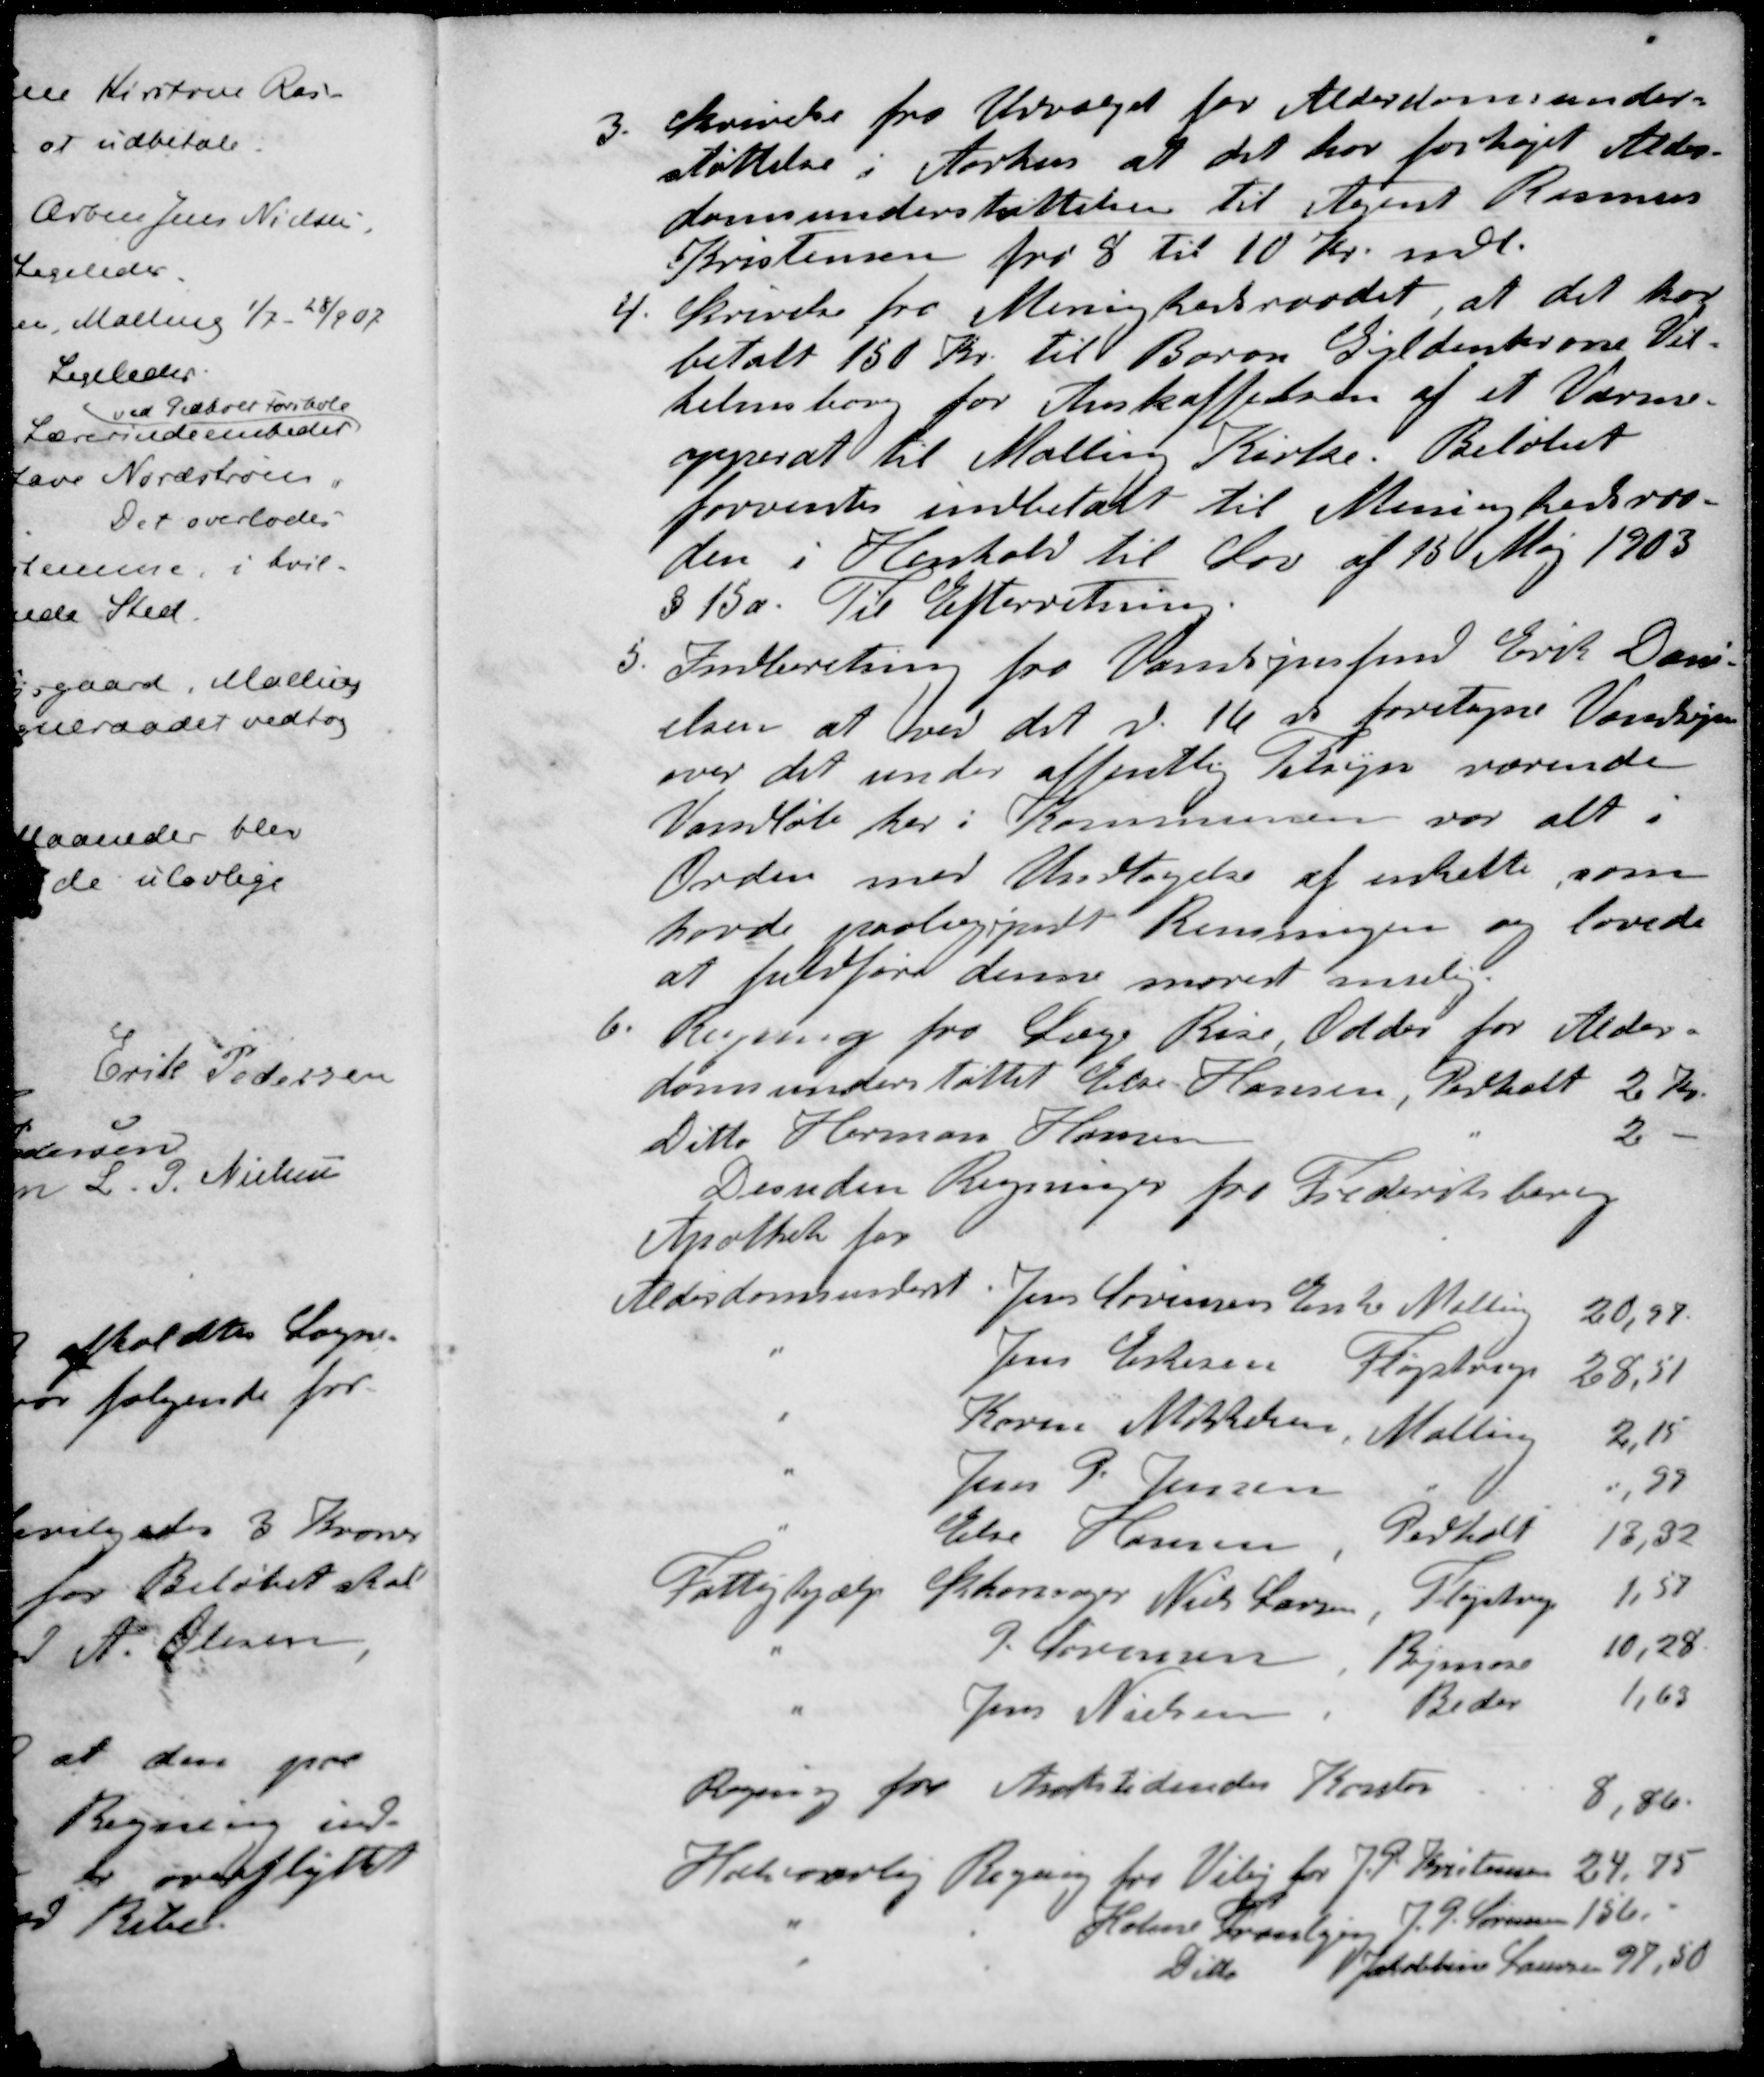
Transskription:
3. Skrivelse fra Udvalget for Alderdomsunder-
støttelse i Aarhus at det har forhøjet Alder-
domsunderstøttelsen til Agent Rasmus
Kristensen fra 8 til 10 Kr. mdl.
4. Skrivelse fra Menighedsraadet, at det har
betalt 150 Kr. til Baron Gyldenkrone Vil-
helmsborg for Anskaffelsen af et Varme-
apperat til Malling Kirke. Beløbet
forventes indbetalt til Meninghedsraa-
den i Henhold til Lov af 15 Maj 1903
§ 15a. Til Efterretning.
5. Indberetning fra Vandsynsfmd Erik Dani-
elsen at ved det d. 16 ds foretagne Vandsyn
over det under offentlig Tilsyn værende
Vandløb her i Kommunen var alt i
Orden med Undtagelse af enkelte som
havde paabegyndt Rensningen og lovede
at fuldføre denne snarest mulig
6. Regning fra Læge Rise Odder for Alder-
domsunderstøttet Else Hansen, Pedholt 2 Kr.
Ditto Herman Hansen 2 -
Desuden Regninger fra Frederiksberg
Apothek for
Alderdomsunderst. Jens Sørensens Enke Malling 20,97
- Jens Eskesen Fløjstrup 28,51
- Karen M. Nielsen Malling 2,15
- Jens P. Jensen ,97
- Else Hansen Pedholt 13,32
Fattighjælp Skomager Niels Larsen Fløjstrup 1,57
- J. Sørensen Bymose 10,28
- Jens Nielsen Beder 1,63
Regning for Amtstidendes Kontor 8,80
Halvaarlig Regning fra Viby for P Kristensen 24,75
- - Holme Tranbjerg J. P. Sørensen 156 -
- - Ditto Jacobine Laursen 97,50